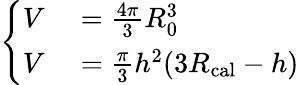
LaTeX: \left\{ \begin{array}{rl}{V}&{{}=\frac{4\pi}{3}R_{0}^{3}}\\ {V}&{{}=\frac{\pi}{3}h^{2}(3R_{\mathrm{cal}}-h)}\end{array}\right.